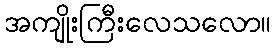
အကျိုးကြီးလေသလော။